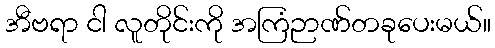
အီဗရာ ငါ လူတိုင်းကို အကြံဉာဏ်တခုပေးမယ်။